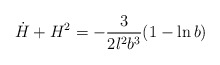
\begin{align*}\dot{H}+H^2 =-\frac{3}{2l^2b^3} (1-\ln b)\end{align*}